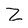
Character: z